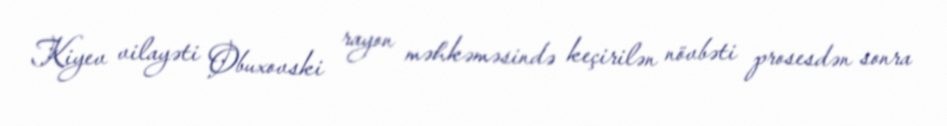
Kiyev vilayəti Obuxovski rayon məhkəməsində keçirilən növbəti prosesdən sonra